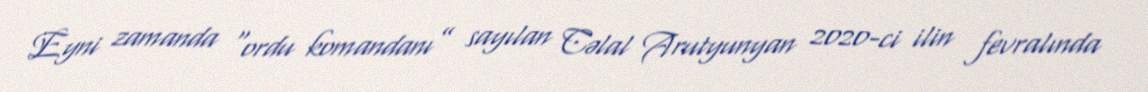
Eyni zamanda “ordu komandanı” sayılan Cəlal Arutyunyan 2020-ci ilin fevralında